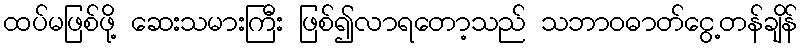
ထပ်မဖြစ်ဖို့ ဆေးသမားကြီး ဖြစ်၍လာရတော့သည် သဘာဝဓာတ်ငွေ့တန်ချိန်